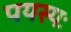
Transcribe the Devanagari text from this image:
पयस्यः